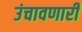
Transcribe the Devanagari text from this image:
उंचावणारी